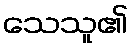
သေသူ၏